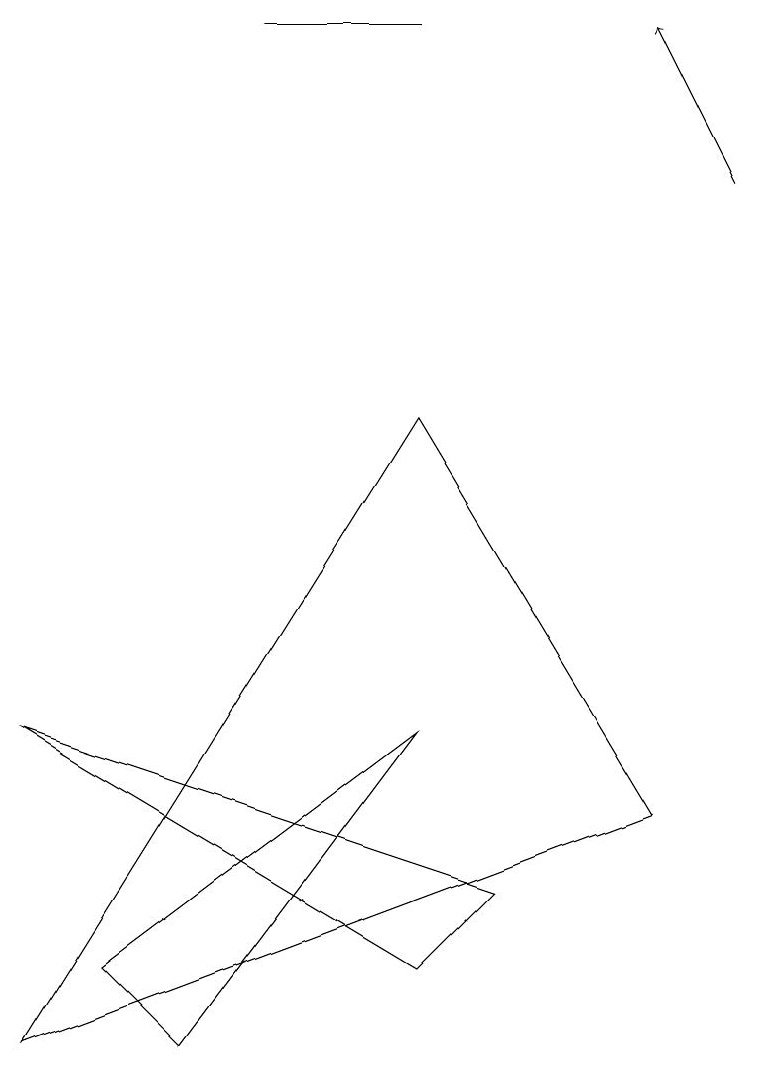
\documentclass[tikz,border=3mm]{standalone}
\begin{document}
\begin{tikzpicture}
\draw (5,14) rectangle (3,14);
\draw (5,5) -- (2,1) -- (1,2) -- cycle;
\draw[->] (9,12) -- (8,14);
\draw (7,10) rectangle (7,10);
\draw (8,4) -- (5,9) -- (0,1) -- cycle;
\draw (6,3) -- (0,5) -- (5,2) -- cycle;
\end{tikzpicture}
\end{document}